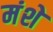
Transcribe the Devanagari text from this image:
मंशे